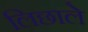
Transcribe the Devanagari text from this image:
लिछाले